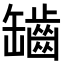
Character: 𦉟